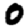
Digit: 0